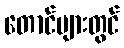
တောင်များတွင်